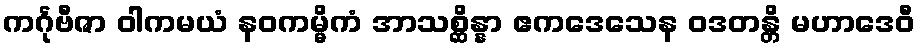
ကင်္ဂုဗီဇာ ဝါကမယံ နဝကမ္မိကံ အာသစ္ဆိန္နာ ဧကဒေသေန ဝဒတန္တိ မဟာဒေဝီ